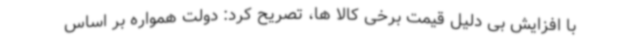
با افزایش بی دلیل قیمت‌ برخی کالا ها، تصریح کرد: دولت همواره بر اساس